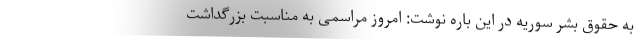
به حقوق بشر سوریه در این باره نوشت: امروز مراسمی به مناسبت بزرگداشت